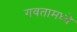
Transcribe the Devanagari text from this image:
गवतामध्ये